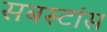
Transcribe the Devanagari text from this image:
सबस्टांस